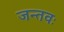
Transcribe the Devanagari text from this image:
जन्तवः